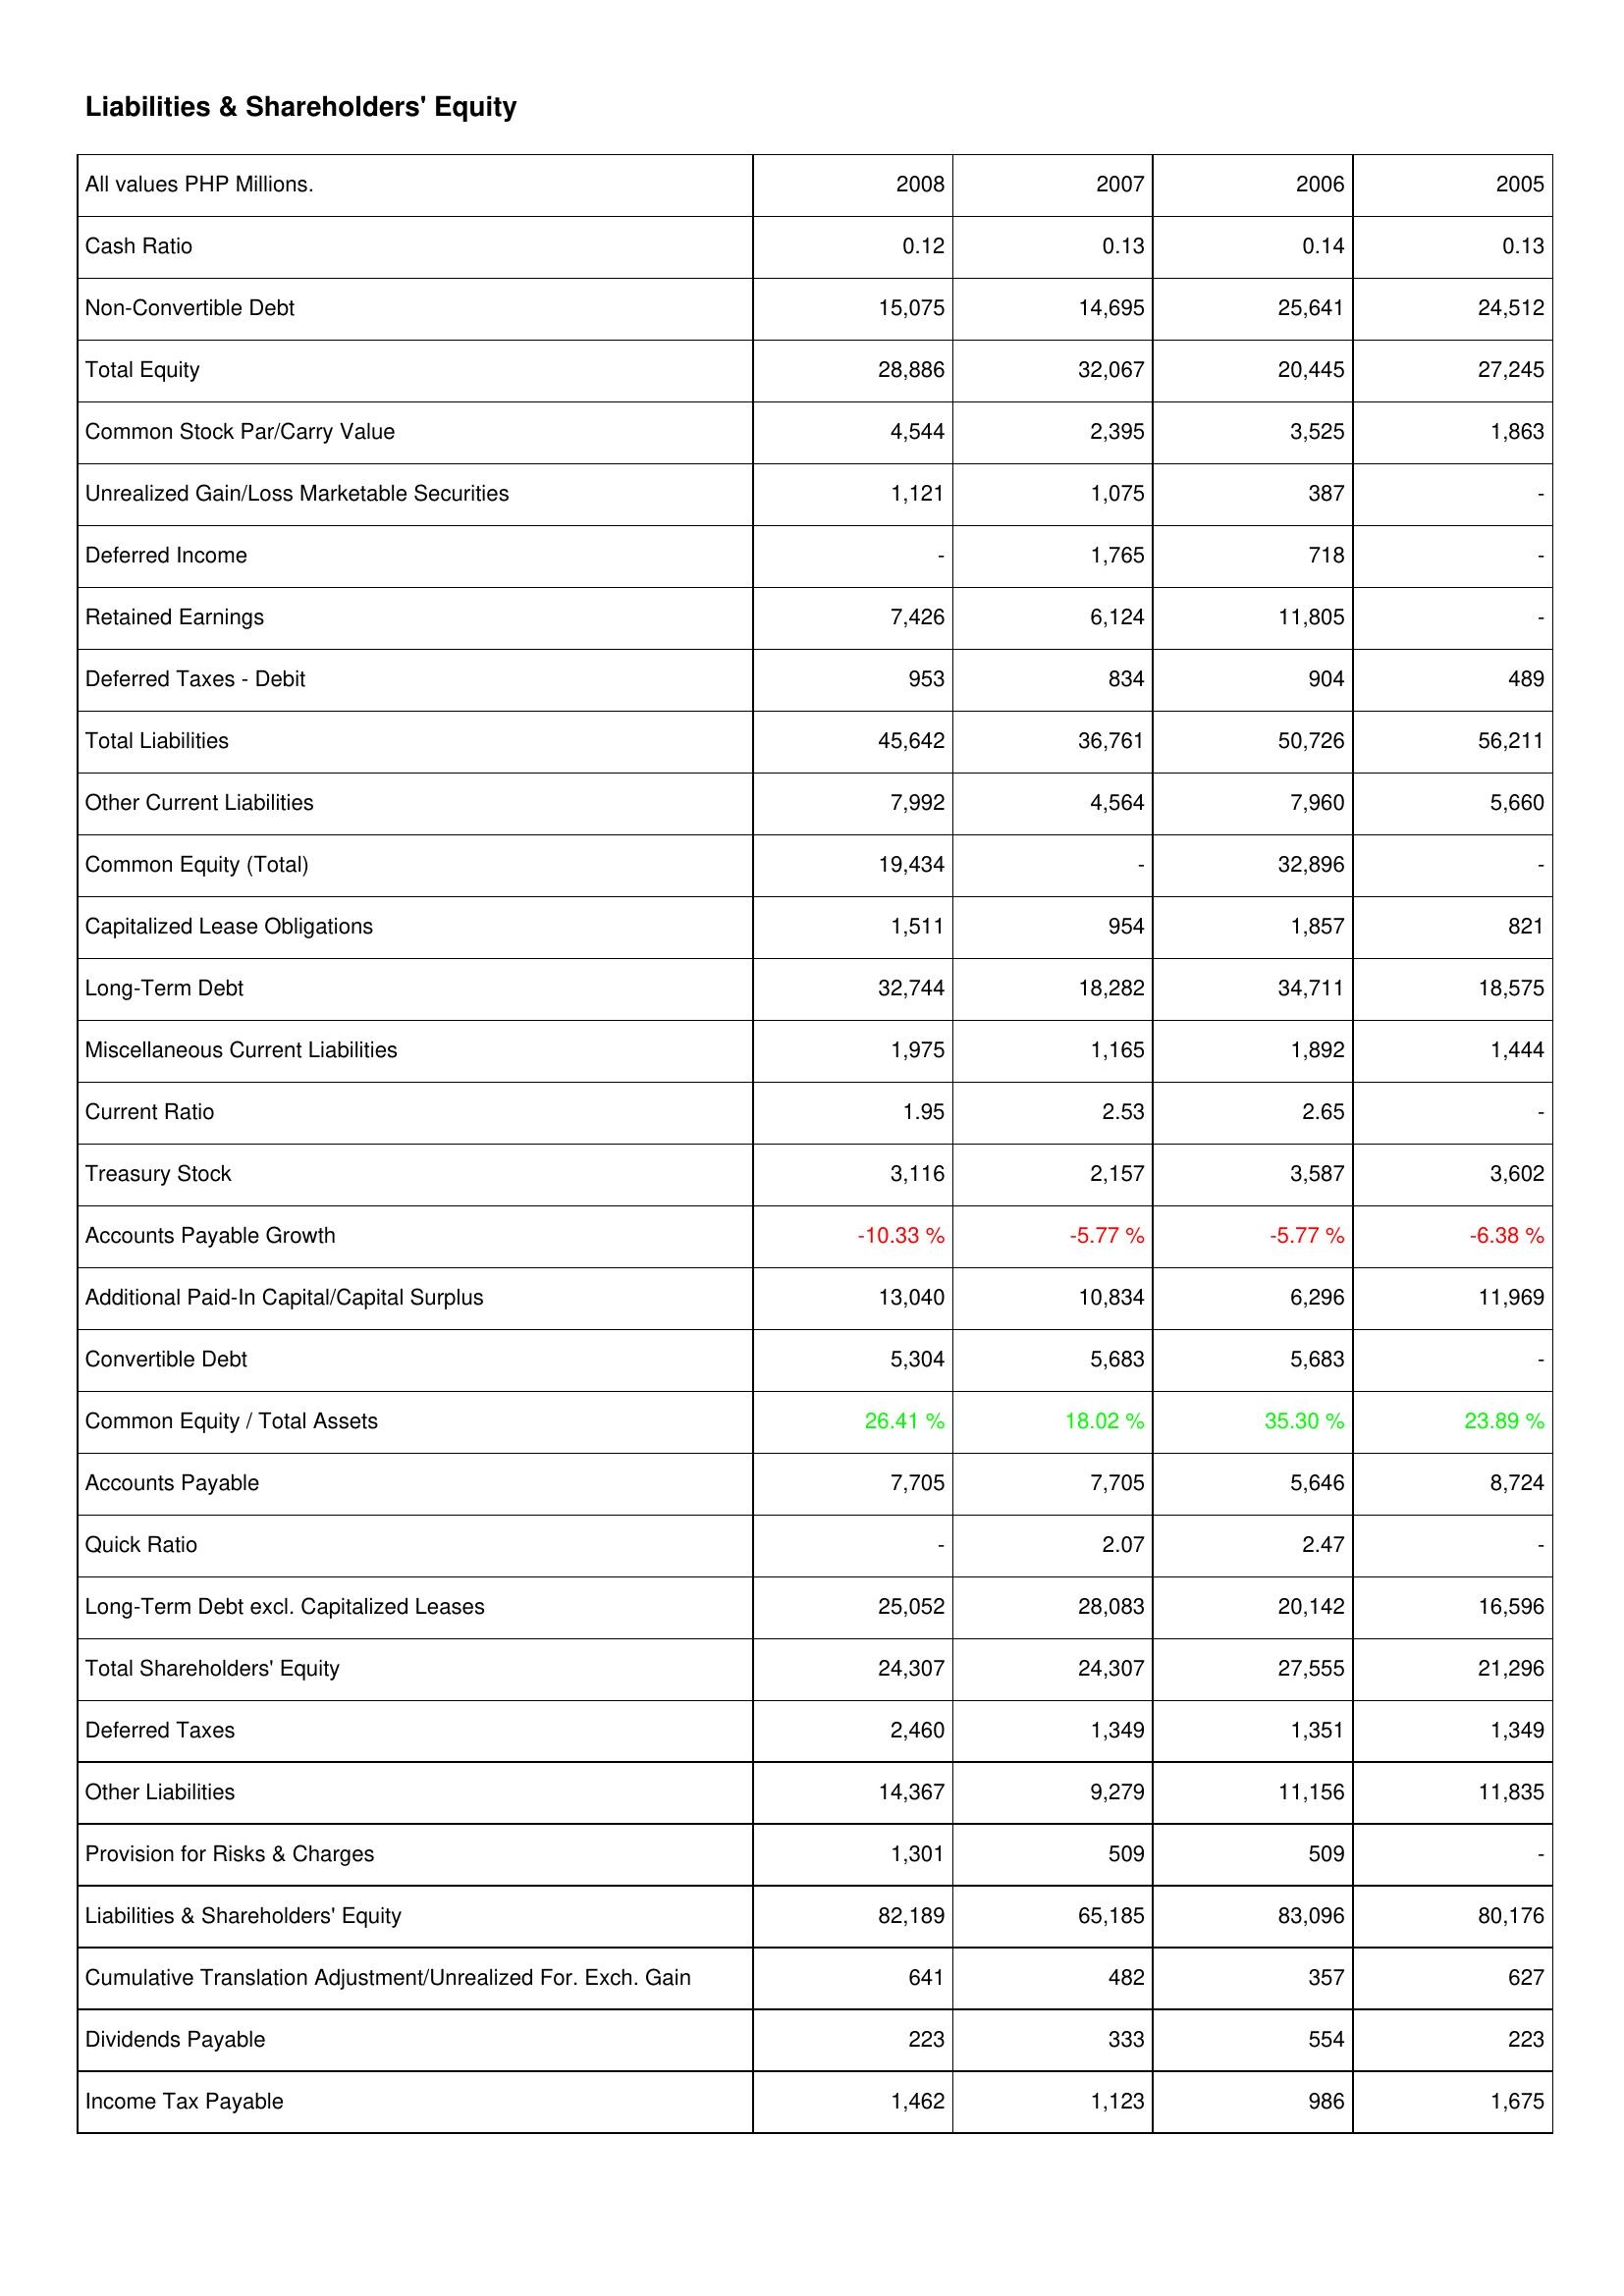
2008: Liabilities & Shareholders' Equity: Cash Ratio: 0.12
Non-Convertible Debt: 15,075
Total Equity: 28,886
Common Stock Par/Carry Value: 4,544
Unrealized Gain/Loss Marketable Securities: 1,121
Deferred Income: -
Retained Earnings: 7,426
Deferred Taxes - Debit: 953
Total Liabilities: 45,642
Other Current Liabilities: 7,992
Common Equity (Total): 19,434
Capitalized Lease Obligations: 1,511
Long-Term Debt: 32,744
Miscellaneous Current Liabilities: 1,975
Current Ratio: 1.95
Treasury Stock: 3,116
Accounts Payable Growth: -10.33 %
Additional Paid-In Capital/Capital Surplus: 13,040
Convertible Debt: 5,304
Common Equity / Total Assets: 26.41 %
Accounts Payable: 7,705
Quick Ratio: -
Long-Term Debt excl. Capitalized Leases: 25,052
Total Shareholders' Equity: 24,307
Deferred Taxes: 2,460
Other Liabilities: 14,367
Provision for Risks & Charges: 1,301
Liabilities & Shareholders' Equity: 82,189
Cumulative Translation Adjustment/Unrealized For. Exch. Gain: 641
Dividends Payable: 223
Income Tax Payable: 1,462
2007: Liabilities & Shareholders' Equity: Cash Ratio: 0.13
Non-Convertible Debt: 14,695
Total Equity: 32,067
Common Stock Par/Carry Value: 2,395
Unrealized Gain/Loss Marketable Securities: 1,075
Deferred Income: 1,765
Retained Earnings: 6,124
Deferred Taxes - Debit: 834
Total Liabilities: 36,761
Other Current Liabilities: 4,564
Common Equity (Total): -
Capitalized Lease Obligations: 954
Long-Term Debt: 18,282
Miscellaneous Current Liabilities: 1,165
Current Ratio: 2.53
Treasury Stock: 2,157
Accounts Payable Growth: -5.77 %
Additional Paid-In Capital/Capital Surplus: 10,834
Convertible Debt: 5,683
Common Equity / Total Assets: 18.02 %
Accounts Payable: 7,705
Quick Ratio: 2.07
Long-Term Debt excl. Capitalized Leases: 28,083
Total Shareholders' Equity: 24,307
Deferred Taxes: 1,349
Other Liabilities: 9,279
Provision for Risks & Charges: 509
Liabilities & Shareholders' Equity: 65,185
Cumulative Translation Adjustment/Unrealized For. Exch. Gain: 482
Dividends Payable: 333
Income Tax Payable: 1,123
2006: Liabilities & Shareholders' Equity: Cash Ratio: 0.14
Non-Convertible Debt: 25,641
Total Equity: 20,445
Common Stock Par/Carry Value: 3,525
Unrealized Gain/Loss Marketable Securities: 387
Deferred Income: 718
Retained Earnings: 11,805
Deferred Taxes - Debit: 904
Total Liabilities: 50,726
Other Current Liabilities: 7,960
Common Equity (Total): 32,896
Capitalized Lease Obligations: 1,857
Long-Term Debt: 34,711
Miscellaneous Current Liabilities: 1,892
Current Ratio: 2.65
Treasury Stock: 3,587
Accounts Payable Growth: -5.77 %
Additional Paid-In Capital/Capital Surplus: 6,296
Convertible Debt: 5,683
Common Equity / Total Assets: 35.30 %
Accounts Payable: 5,646
Quick Ratio: 2.47
Long-Term Debt excl. Capitalized Leases: 20,142
Total Shareholders' Equity: 27,555
Deferred Taxes: 1,351
Other Liabilities: 11,156
Provision for Risks & Charges: 509
Liabilities & Shareholders' Equity: 83,096
Cumulative Translation Adjustment/Unrealized For. Exch. Gain: 357
Dividends Payable: 554
Income Tax Payable: 986
2005: Liabilities & Shareholders' Equity: Cash Ratio: 0.13
Non-Convertible Debt: 24,512
Total Equity: 27,245
Common Stock Par/Carry Value: 1,863
Unrealized Gain/Loss Marketable Securities: -
Deferred Income: -
Retained Earnings: -
Deferred Taxes - Debit: 489
Total Liabilities: 56,211
Other Current Liabilities: 5,660
Common Equity (Total): -
Capitalized Lease Obligations: 821
Long-Term Debt: 18,575
Miscellaneous Current Liabilities: 1,444
Current Ratio: -
Treasury Stock: 3,602
Accounts Payable Growth: -6.38 %
Additional Paid-In Capital/Capital Surplus: 11,969
Convertible Debt: -
Common Equity / Total Assets: 23.89 %
Accounts Payable: 8,724
Quick Ratio: -
Long-Term Debt excl. Capitalized Leases: 16,596
Total Shareholders' Equity: 21,296
Deferred Taxes: 1,349
Other Liabilities: 11,835
Provision for Risks & Charges: -
Liabilities & Shareholders' Equity: 80,176
Cumulative Translation Adjustment/Unrealized For. Exch. Gain: 627
Dividends Payable: 223
Income Tax Payable: 1,675